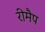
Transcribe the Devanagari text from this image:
रीमैप